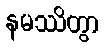
နမဿိတွာ